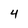
Character: 4